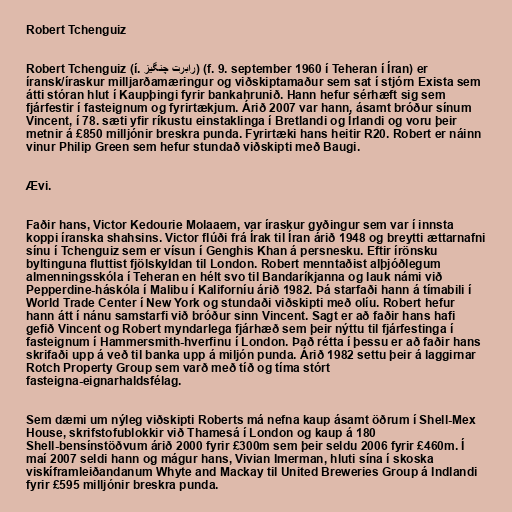
Robert Tchenguiz

Robert Tchenguiz (í. رابرت چنگیز) (f. 9. september 1960 í Teheran í Íran) er
íransk/íraskur milljarðamæringur og viðskiptamaður sem sat í stjórn Exista sem
átti stóran hlut í Kaupþingi fyrir bankahrunið. Hann hefur sérhæft sig sem
fjárfestir í fasteignum og fyrirtækjum. Árið 2007 var hann, ásamt bróður sínum
Vincent, í 78. sæti yfir ríkustu einstaklinga í Bretlandi og Írlandi og voru þeir
metnir á £850 milljónir breskra punda. Fyrirtæki hans heitir R20. Robert er náinn
vinur Philip Green sem hefur stundað viðskipti með Baugi.

Ævi.

Faðir hans, Victor Kedourie Molaaem, var íraskur gyðingur sem var í innsta
koppi íranska shahsins. Victor flúði frá Írak til Íran árið 1948 og breytti ættarnafni
sínu í Tchenguiz sem er vísun í Genghis Khan á persnesku. Eftir írönsku
byltinguna fluttist fjölskyldan til London. Robert menntaðist alþjóðlegum
almenningsskóla í Teheran en hélt svo til Bandaríkjanna og lauk námi við
Pepperdine-háskóla í Malibu í Kaliforníu árið 1982. Þá starfaði hann á tímabili í
World Trade Center í New York og stundaði viðskipti með olíu. Robert hefur
hann átt í nánu samstarfi við bróður sinn Vincent. Sagt er að faðir hans hafi
gefið Vincent og Robert myndarlega fjárhæð sem þeir nýttu til fjárfestinga í
fasteignum í Hammersmith-hverfinu í London. Það rétta í þessu er að faðir hans
skrifaði upp á veð til banka upp á miljón punda. Árið 1982 settu þeir á laggirnar
Rotch Property Group sem varð með tíð og tíma stórt
fasteigna-eignarhaldsfélag.

Sem dæmi um nýleg viðskipti Roberts má nefna kaup ásamt öðrum í Shell-Mex
House, skrifstofublokkir við Thamesá í London og kaup á 180
Shell-bensínstöðvum árið 2000 fyrir £300m sem þeir seldu 2006 fyrir £460m. Í
maí 2007 seldi hann og mágur hans, Vivian Imerman, hluti sína í skoska
viskíframleiðandanum Whyte and Mackay til United Breweries Group á Indlandi
fyrir £595 milljónir breskra punda.